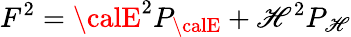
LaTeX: F^{2}={\calE}^{2}P_{\calE}+{\cal\mathscr{H}}^{2}P_{\cal\mathscr{H}}